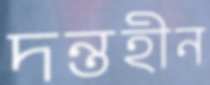
দন্তহীন